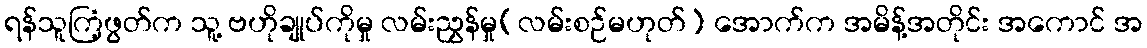
ရန်သူကြံ့ဖွတ်က သူ့ ဗဟိုချုပ်ကိုမှု လမ်းညွှန်မှု(လမ်းစဉ်မဟုတ်) အောက်က အမိန့်အတိုင်း အကောင် အ